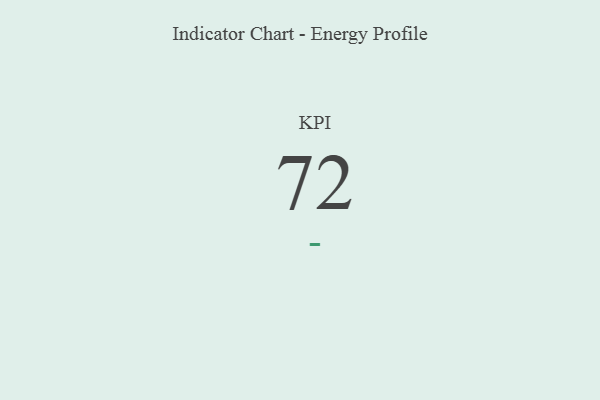
{"axis": {"x": "KPI", "y": "Value"}, "legend": [""], "data": [{"x": "KPI", "y": 72, "type": ""}]}